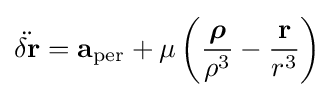
{\ddot {\delta \mathbf {r} }}=\mathbf {a} _{\text{per}}+\mu \left({{\boldsymbol {\rho }} \over \rho ^{3}}-{\mathbf {r}  \over r^{3}}\right)